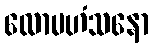
လောမဟံသနော